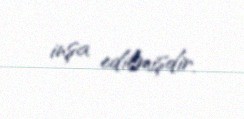
inşa edilmişdir.